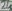
Text: 21